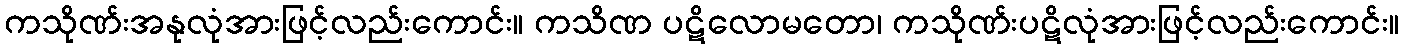
ကသိုဏ်းအနုလုံအားဖြင့်လည်းကောင်း။ ကသိဏ ပဋိလောမတော၊ ကသိုဏ်းပဋိလုံအားဖြင့်လည်းကောင်း။